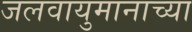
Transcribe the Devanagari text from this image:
जलवायुमानाच्या